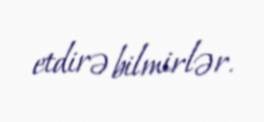
etdirə bilmirlər.